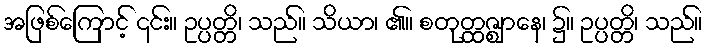
အဖြစ်ကြောင့် ၎င်း။ ဥပ္ပတ္တိ၊ သည်။ သိယာ၊ ၏။ စတုတ္ထဇ္ဈာနေ၊ ၌။ ဥပ္ပတ္တိ၊ သည်။